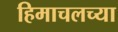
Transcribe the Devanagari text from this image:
हिमाचलच्या